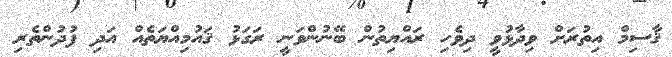
ޤާސިމް އިތުރަށް ވިދާޅުވީ ދިވެހި ރައްޔިތުން ބޭނުންވަނީ ރަގަޅު ޤައުމިއްޔަތެއް އަދި ފުދުންތެރި